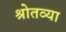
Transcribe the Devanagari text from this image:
श्रोतव्या